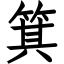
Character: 箕